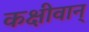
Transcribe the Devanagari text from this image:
कक्षीवान्‌